Report on the treatment of epidemic cholera: from information collected by the governments of Bengal, Madras, Bombay, N.W. Provinces, Punjab, Oudh, and Central India, by order of the Government of India
Disease focus: Cholera
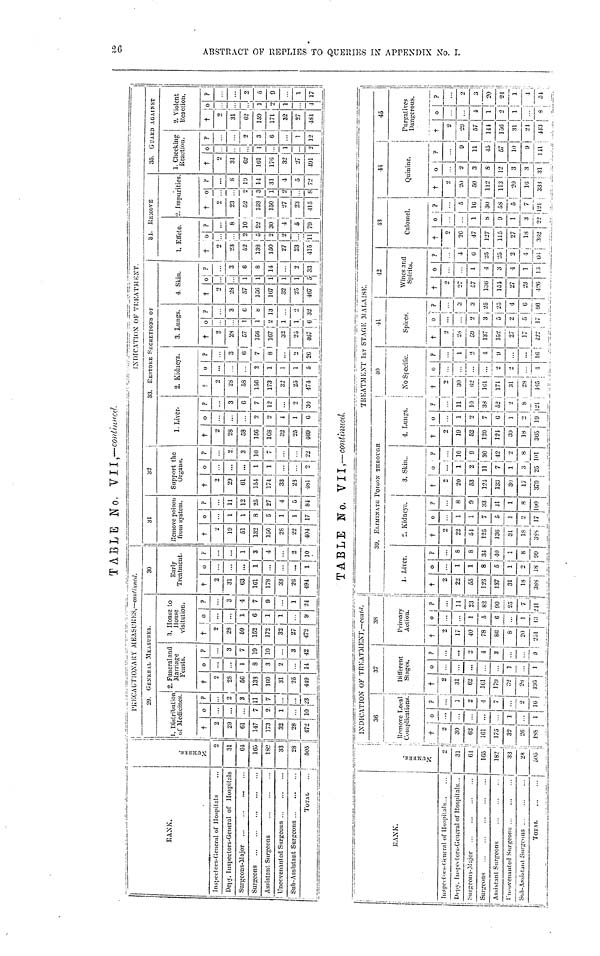
TABLE No. VII ,—continued.
BANK.
Inspectors-General of Hospitals
Depy. Inspectors-General of Hospitals
Surgeons
Assistant Surgeons
Uncovenanted Surgeons
Sub-Assistant Surgeons
TOTAL
2
31
04
165
18S
33
28
505
!
PRECAUTIONARY MEASURES,-CONTINUED.
20. GENERAL MEASURES.
1. Distribution
of medicines.
†
2
20
61
147
173
32
28
472
0
...
...
...
7
2
1
10
?
...
2
3
11
7
...
...
28
2. Fanerai and
Marriage
Feubts.
†
2
28
66
133
169
31
25
419
0
...
...
1
8
3
2
14
?
...
3
7
10
10
...
3
42
3. House to
House
visitation.
†
2
28...
59
162
172
32
27
472
1
6
1
1
9
?
...
3
4
7
9
...
1
21
30
Early
Treatment.
†
2
31
63
161
178
33
26
494
0
...
...
1
...
...
...
1
F
...
1
3
4
...
2
10
31
Remove poison
from system.
†
2
19
61
132
150
28
22
404
0
...
1
1
8
6
1
1
17
?
...
11
12
25
27
4
6
81
Support the
Organs.
†
2
29
61
151
174
33
23
48l
0
...
1
1
...
2
?
2
3
10
7
...
22
INDICATION OF TREATMENT.
|
33. RESTORE SECRETIONS OF
1. Liver.
†
2
28
58
156
168
32
25
469
0
...
...
2
o
1
1
6
?
...
3
C
12
...
S
30
2. Kidneys.
†
2
28
58
156
173
32
25
474
0
...
...
1
1
1
5
?
3
6
8
...
»
3. Lungs.
†
2
2s
67
156
167
33
23
407
o|P
1
3
6
8
2 13
1 ...
1, 2
6 32
4. Skin.
†
,_
•28
57
156
167
32
25
467
1
1
1
1
1
5
?
...
3
6
8
14
2
33
81. REMOVE
1. Effete.
† o
2 !...
23 ...
62 2
138 5
150 2
27
23
415
2
8
10
22
30
4
6
79
•i. Imparities.
†
2
23
52
133
150
27
23
415
0
2
3
1
2
8
?
...
8
10
11
31
4
5
72
35. GUARD AGA1NST
1. Checking
Reaction.
+
2
31
62
101
176
32
27
401
0
1
..
1
...
2
?
••
...
2
3
6
1
12
2. Violent
Reaction.
31
62
0
...
159 1
171
32
27
48l
2
1
•1
?
2
5
9
-I
1
17 |
TABLE No. VII,-continued.
RANK.
Inspectors-General of Hospitals .
Depy. Inspectors-General of Hospitals. ,
Surgeons
Assistant Surgeons
Uncovenanted
Surgeons
...
. |
Sub-Assistant Surgeons .
TOTAL
S
.
2
31
61
165
182
33 ;
28
503
; INDICATION OF TREATMENT,—contd.
\
36
Remove
Local
Complications.
%
30
! 63
161
175
32
26
i°-
...
...
...
1
..
1
?
1
2
4
7
2
16
37
;
Different
Stages.
†
2
31
62
161
170
S3
28
195
0
...
...
1
1
?
...
...
2
1
3
0
38
Primary
Action.
†
2
17
40
78
86
8
20
251
0
...
...
1
5
6
...
1
?
11
23
82
90
23
7
1
39. ELIMINATE POISON
1. Liver.
†
2
22
65
123
137
31
18
388
0
...
1
1
8
5
1
2
18
?
-
8
8
34
40
1
8
99
S. Kidneys.
†
2
22
61
125
136
31
18
0
1
1
7
5
1
2
17
?
8
9
33
11
1
8
100
_
THROUGII
3. Skiu..
†
2
20
63
121
133
30
17
379
0
1
2
11
7
1
3
25
?
10
30
42
o
8.
un
4. Lungs
†
2
19
62
120
121
30
0
1
2
7
6
1
18 | 2
305 19
TREATMENT 1st STAGE MALAISE.
!
40
I
Ko Specific.
i
? +
.. ¡
2
11|
30
10 62
38 161
52 171
2 ; 31
8
28
121 185
0
...
...
*
...
1
?
1
2
1
9
...
...
16
•il
42
Spices.
†
2
28
59
137
132
27
17
0
...
3
2
5
3
25
25
*
«
66
Wines and
Spirits.
†
2
27
57
130
151
27
23
•126
0
1
4
3
4
1
13
?
4
0
25
23
•1
(M
43
Calomel.
†
2
26
47
127
115
27
18
362
1
8
9
1
3
22
?
...
16
30
58
5
121
Quinine.
2
20
50
112
113
20
16
333
o
?
2
3
S
12
3
3
9
15
57
10
9
111
45
|
Purgatives
Dangerous.
!
†
2
20
57
141
156
31
21
413
0
...
4
1
...
8
?
...
2
3
20
21
1!